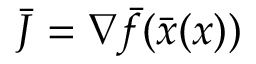
{ \bar { J } } = \nabla { \bar { f } } ( { \bar { x } } ( x ) )